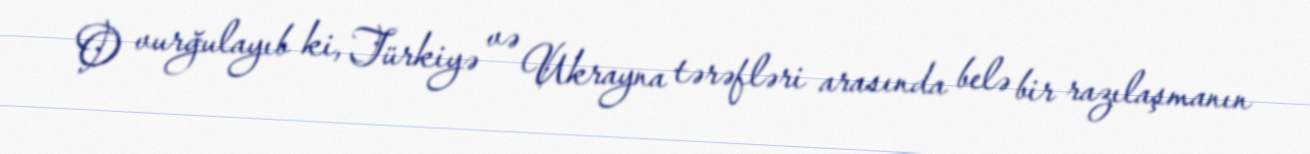
O vurğulayıb ki, Türkiyə və Ukrayna tərəfləri arasında belə bir razılaşmanın